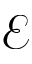
\mathcal { E }